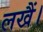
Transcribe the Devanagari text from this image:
लखैं।